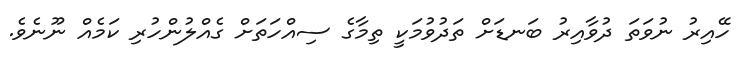
ހޭއިރު ނުވަތަ ދުވާއިރު ބަނޑަށް ތަދުވުމަކީ ތިމާގެ ސިއްހަތަށް ގެއްލުންހުރި ކަމެއް ނޫނެވެ.